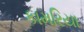
કામરિયા